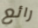
رائع